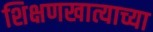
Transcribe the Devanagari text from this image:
शिक्षणखात्याच्या